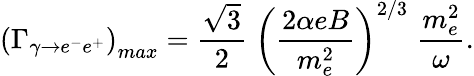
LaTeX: \left(\Gamma_{\gamma\to e^{-}e^{+}}\right)_{max}=\frac{\sqrt{3}}{2}\; \left(\frac{2\alpha eB}{m_{e}^{2}}\right)^{2/3}\; \frac{m_{e}^{2}}{\omega}.